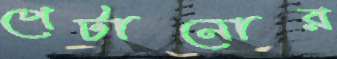
পেটানোর